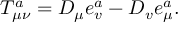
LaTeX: T _ { \mu \nu } ^ { a } = D _ { \mu } e _ { v } ^ { a } - D _ { v } e _ { \mu } ^ { a } .